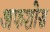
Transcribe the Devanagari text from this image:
अफशोस